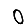
Digit: 0